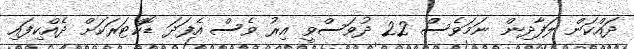
ދައްކަން ލަފާދިން ނަމަވެސް 22 ދުވަސްވީ އިރު ވެސް އެފަދަ ޑޮކްޓަރަކަށް ދެއްކިފައި